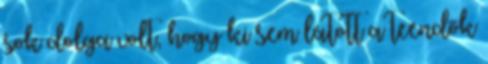
sok dolga volt, hogy ki sem látott a teendők